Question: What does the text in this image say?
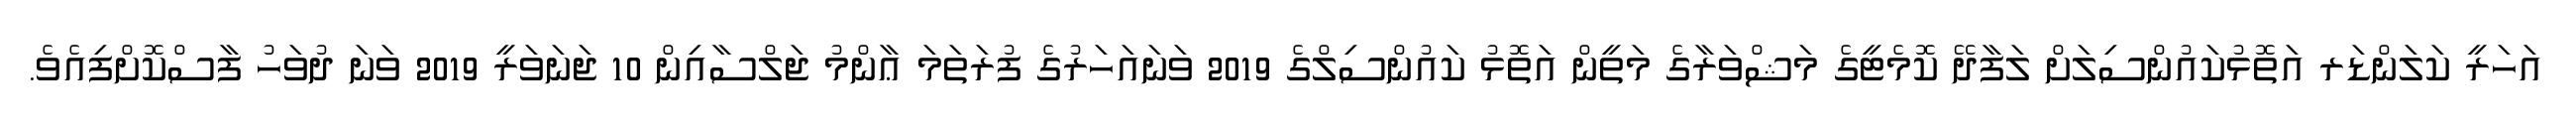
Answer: އަހަރީ ކަލަންޑަރ އަތޮޅުކައުންސިލަށް ލަފާދޭ ކޮމެޓީގެ މަޝްވަރާގެ މަތީން އަތޮޅު ކައުންސިލްގެ 2019 ވަނައަހަރުގެ ފުރަތަމަ ޢާންމު ޖަލްސާއިން 10 ޖަނަވަރީ 2019 ވަނަ ދުވަހު ފާސްކޮށްފިއެވެ.